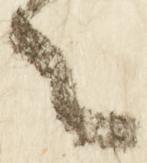
之